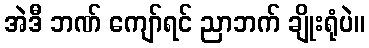
အဲဒီ ဘဏ် ကျော်ရင် ညာဘက် ချိုးရုံပဲ။